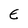
Character: E